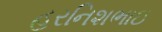
હરનિશભાઇ